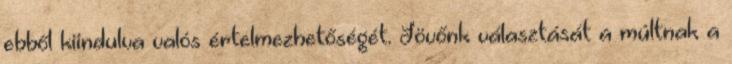
ebből kiindulva valós értelmezhetőségét. Jövőnk választását a múltnak a